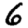
Digit: 6